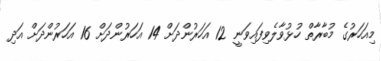
މިއަހަރުގެ މުބާރާތް ހުޅުވާލެވިފައިވަނީ 12 އަހަރުންދަށް 14 އަހަރުންދަށް 16 އަހަރުންދަށް އަދި